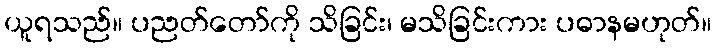
ယူရသည်။ ပညတ်တော်ကို သိခြင်း၊ မသိခြင်းကား ပဓာနမဟုတ်။